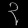
Digit: ၃